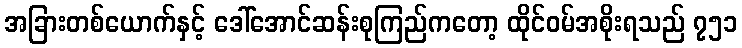
အခြားတစ်ယောက်နှင့် ဒေါ်အောင်ဆန်းစုကြည်ကတော့ ထိုင်ဝမ်အစိုးရသည် ၇၅၁